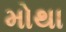
મોથા